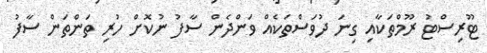
ޓޫރިސްޓު ރޫމްތަކާއި ގިނަ ދުވަސްތަކެއް ވަންދެން ސާފު ނުކޮށް ހުރި ތަންތަން ސާފު